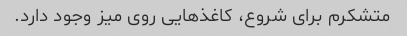
متشکرم برای شروع، کاغذهایی روی میز وجود دارد.